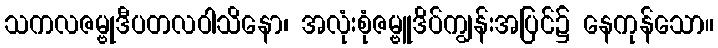
သကလဇမ္ဗုဒီပတလဝါသိနော၊ အလုံးစုံဇမ္ဗူဒိပ်ကျွန်းအပြင်၌ နေကုန်သော။